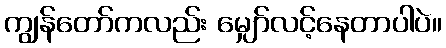
ကျွန်တော်ကလည်း မျှော်လင့်နေတာပါပဲ။